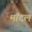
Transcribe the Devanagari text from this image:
मॉदल